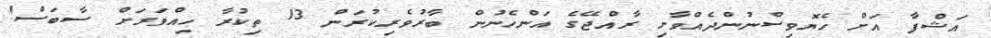
އަޝްފާ އަށް ހެޔޮވިސްނުންދެއްވާށި ރާއްޖޭގެ އަންހެނުން ބާރުވެރިކުރަން 13 ތިކުރާ ހިއްވަރަށް ސާބަސް!